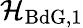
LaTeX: \mathcal{H}_{\mathrm{BdG},1}